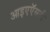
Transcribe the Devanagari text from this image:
आइएऍसटी